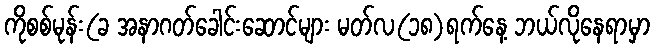
ကိုစစ်မုန်း(ခ အနာဂတ်ခေါင်းဆောင်များ မတ်လ(၁၈)ရက်နေ့ ဘယ်လိုနေရာမှာ